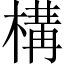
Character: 構